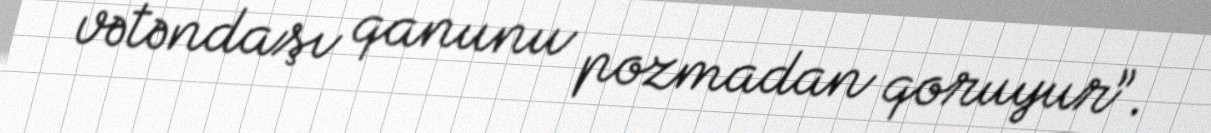
vətəndaşı qanunu pozmadan qoruyur”.